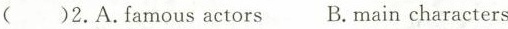
( )2.A.Famous actors B. Main characters